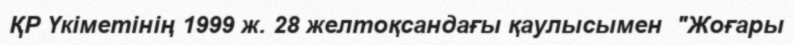
ҚР Үкіметінің 1999 ж. 28 желтоқсандағы қаулысымен  "Жоғары